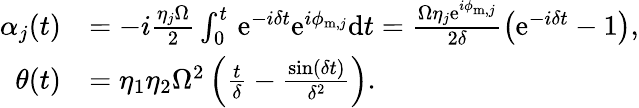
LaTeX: \begin{array}{rl}{\alpha_{j}(t)}&{=-i\frac{\eta_{j}\Omega}{2}\int_{0}^{t}\, \mathrm{e}^{-i\delta t}\mathrm{e}^{i\phi_{\mathrm{m},j}}\mathrm{d}t=\frac{\Omega\eta_{j}\mathrm{e}^{i\phi_{\mathrm{m},j}}}{2\delta}\left(\mathrm{e}^{-i\delta t}-1\right),}\\ {\theta(t)}&{=\eta_{1}\eta_{2}\Omega^{2}\left(\frac{t}{\delta}-\frac{\sin(\delta t)}{\delta^{2}}\right).}\end{array}